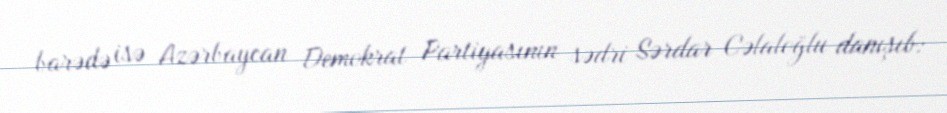
barədə isə Azərbaycan Demokrat Partiyasının sədri Sərdar Cəlaloğlu danışıb: